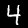
Label: 4